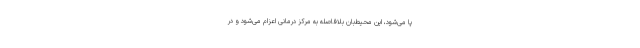
پا می‌شود، این محیط‌بان بلافاصله به مرکز درمانی اعزام می‌شود و در